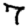
Digit: 7